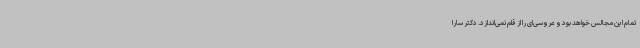
تمام این مجالس خواهد بود و عروسی‌ای را از قلم نمی‌اندازد. دکتر سارا